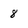
Character: 8